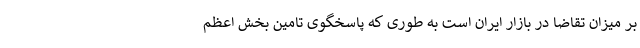
بر میزان تقاضا در بازار ایران است به طوری که پاسخگوی تامین بخش اعظم